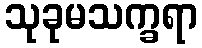
သုခုမသက္ခရာ